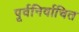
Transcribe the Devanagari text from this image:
पूर्वनिर्वाचित